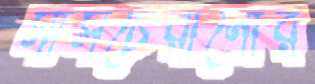
মাসচেরানোর